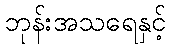
ဘုန်းအသရေနှင့်